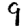
Digit: 9